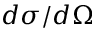
d \sigma / d \Omega